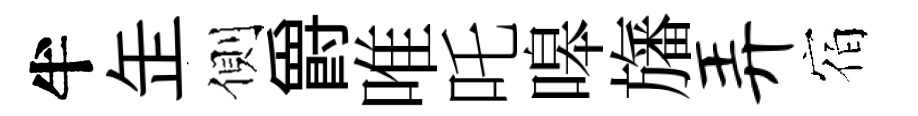
半𦈢側爵唯吒嗥旛弄宿